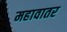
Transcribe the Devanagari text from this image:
महावातर